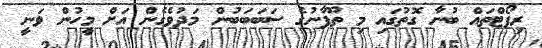
ރިޕޯޓްތައް ބުނާ ގޮތުގައި މި ތޫފާނުގެ ސަަބަބަބުން މަދުވެގެން އަށް މީހުން ވަނީ